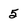
Character: 5